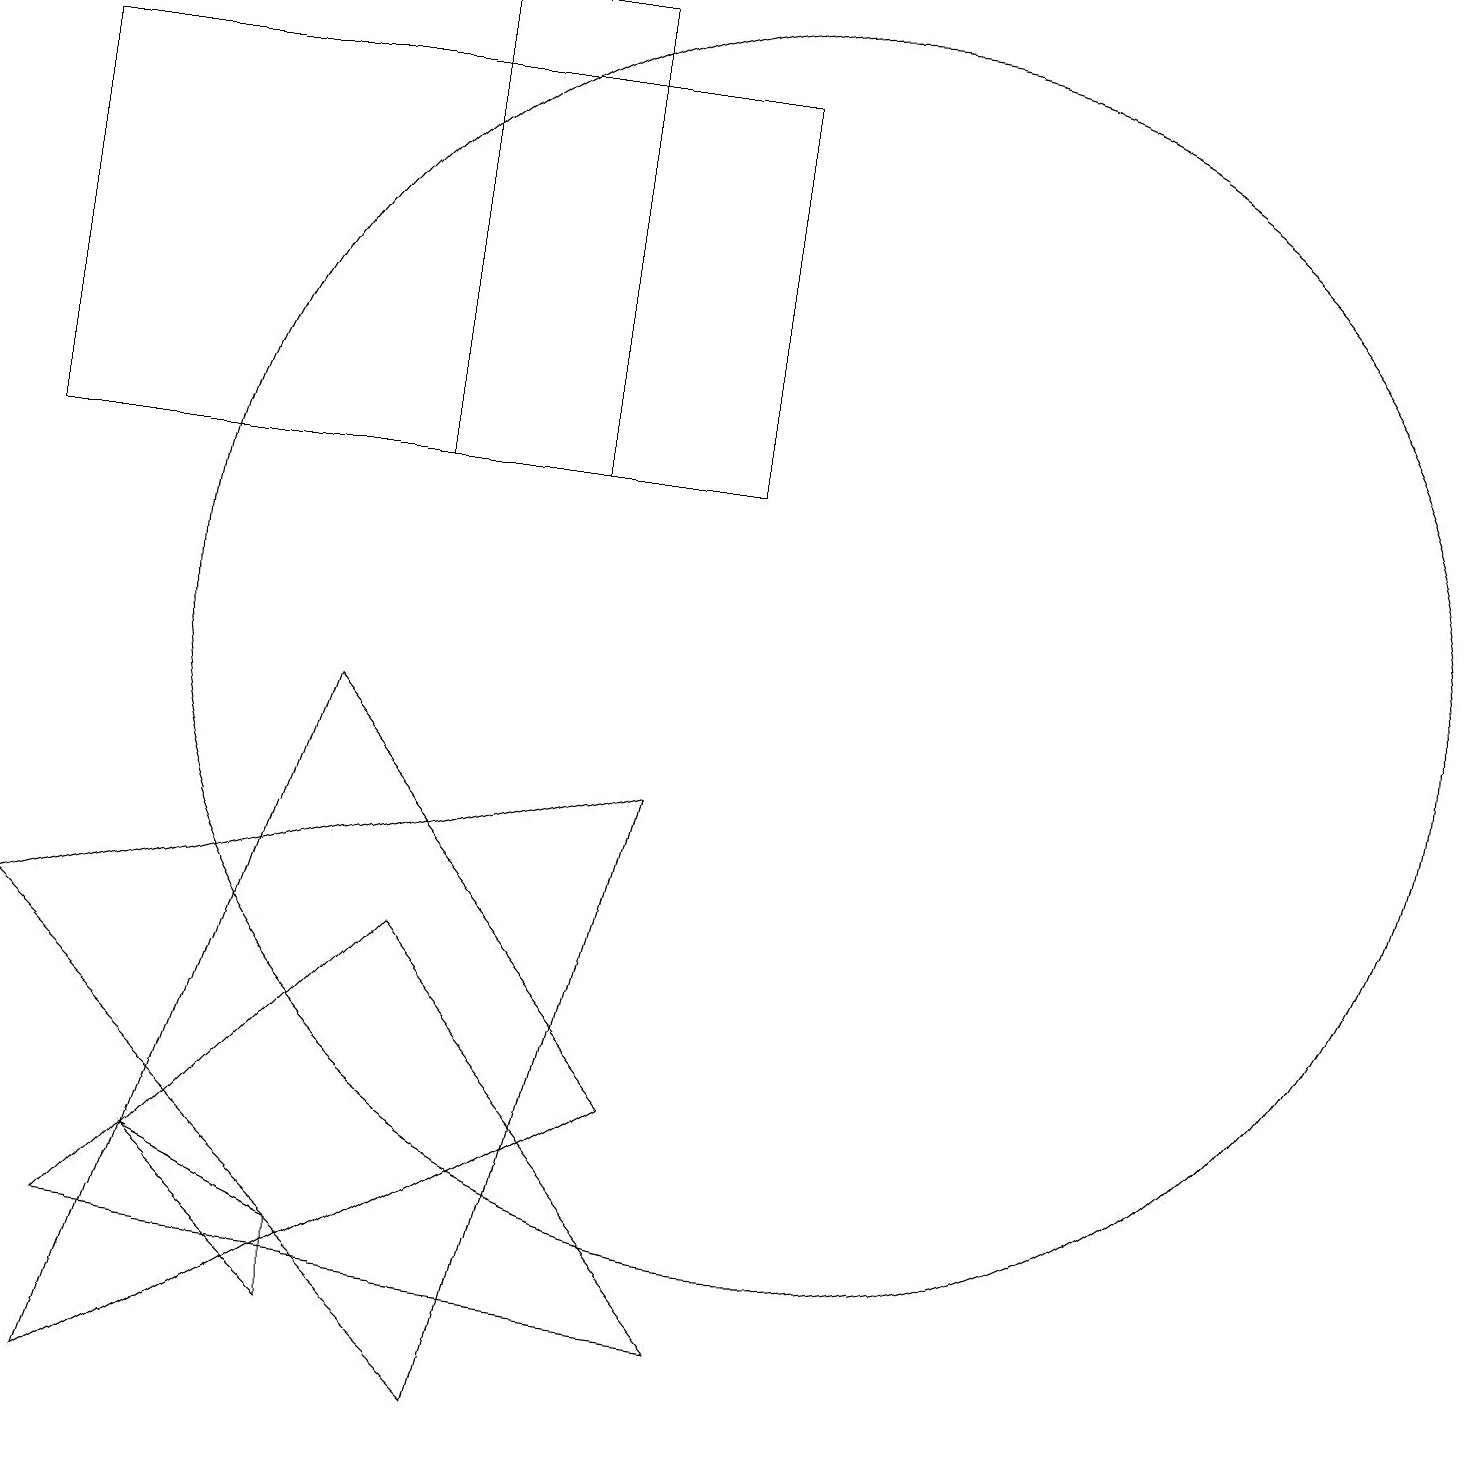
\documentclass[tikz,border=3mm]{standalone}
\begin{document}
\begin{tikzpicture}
\draw (2,3) -- (4,1) -- (4,2) -- cycle;
\draw (9,1) -- (5,6) -- (1,2) -- cycle;
\draw (1,0) -- (8,4) -- (4,9) -- cycle;
\draw (9,17) rectangle (0,12);
\draw (6,0) -- (8,8) -- (0,6) -- cycle;
\draw (7,12) rectangle (5,18);
\draw (10,10) circle (8);
\draw (11,10) circle (0);
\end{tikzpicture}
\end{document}